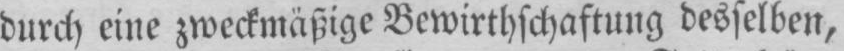
durch eine zweckmäßige Bewirthschaftung desselben,